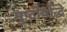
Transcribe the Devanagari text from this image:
मुष्टीयोद्धे